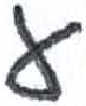
אות: ע